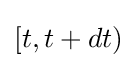
{\textstyle [t,t+dt)}